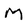
Character: M